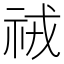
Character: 𮁱